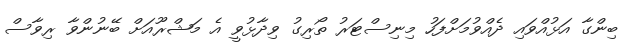
ބިންގާ އަޅުއްވައި ދެއްވުމަށްފަހު މިނިސްޓަރު ތޯރިގު ވިދާޅުވީ އެ މަޝްރޫއަށް ބޭނުންވާ ރިވާސް